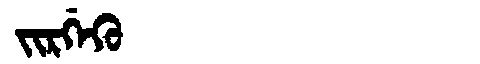
Manchu: ᠵᡳᡵᡤᡝᡴᡠ
Romanization: JIRGEKU